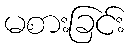
မစားခြင်း